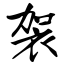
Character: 袈